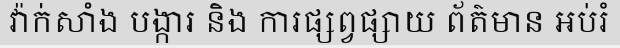
វ៉ាក់សាំង បង្ការ និង ការផ្សព្វផ្សាយ ព័ត៌មាន អប់រំ